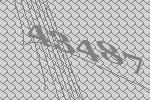
43487